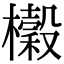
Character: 𭬨